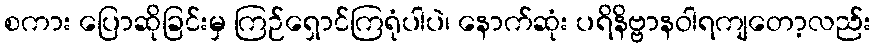
စကား ပြောဆိုခြင်းမှ ကြဉ်ရှောင်ကြရုံပါပဲ၊ နောက်ဆုံး ပရိနိဗ္ဗာနဝါရကျတော့လည်း